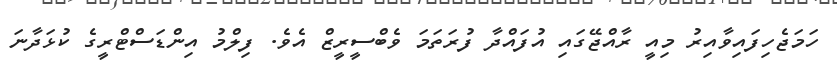
ހަމަޖެހިފައިވާއިރު މިއީ ރާއްޖޭގައި އުފައްދާ ފުރަތަމަ ވެބްސީރީޒް އެވެ. ފިލްމު އިންޑަަސްޓްރީގެ ކުޅަދާނަ